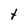
Character: t